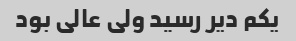
یکم دیر رسید ولی عالی بود